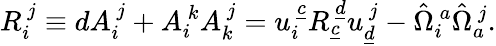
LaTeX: R_{i}^{~j}\equiv dA_{i}^{~j}+A_{i}^{~k}A_{k}^{~j}=u_{i}^{~\underline{{c}}}R_{\underline{{c}}}^{~\underline{{d}}}u_{\underline{{d}}}^{~j}-\hat{\Omega}_{i}^{~a}\hat{\Omega}_{a}^{~j}.